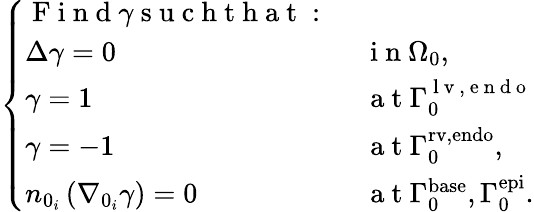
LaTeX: \left\{ \begin{array}{ll}{\mathrm{~F~i~n~d~}\gamma\mathrm{~s~u~c~h~t~h~a~t~:~}}&{}\\ {\Delta\gamma=0}&{\mathrm{~i~n~}{\Omega}_{0},}\\ {\gamma=1}&{\mathrm{~a~t~}{\Gamma}_{0}^{\mathrm{~l~v~,~e~n~d~o~}}}\\ {\gamma=-1}&{\mathrm{~a~t~}{\Gamma}_{0}^{\mathrm{rv,endo}},}\\ {n_{0_{i}}\left(\nabla_{0_{i}}\gamma\right)=0}&{\mathrm{~a~t~}{\Gamma}_{0}^{\mathrm{base}},{\Gamma}_{0}^{\mathrm{epi}}.}\end{array}\right.